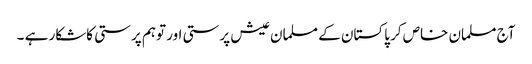
آج مسلمان خاص کر پاکستان کے مسلمان عیش پرستی اور توہم پرستی کاشکار ہے ۔